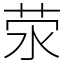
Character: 荥